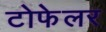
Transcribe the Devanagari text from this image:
टोफेलर